Annual report of the Punjab Veterinary College and of the Civil Veterinary Department, Punjab - 1909-1919
Year: 1909
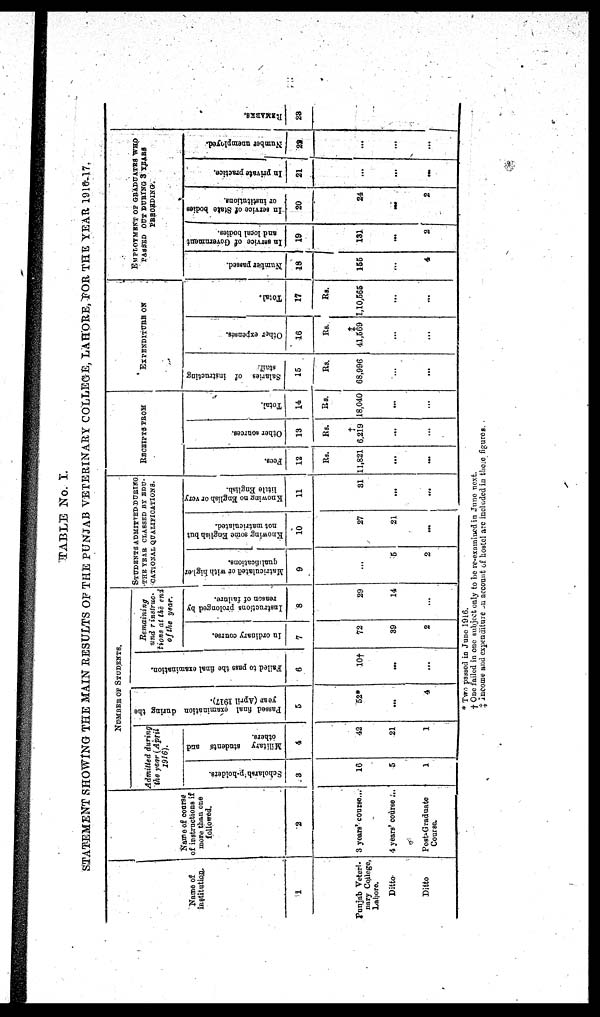
TABLE No. I.
STATEMENT SHOWING THE MAIN RESULTS OF THE PUNJAB VETERINARY COLLEGE, LAHORE, FOR THE YEAR 1916-17.
Name of
institution.
1
Punjab Veteri-
nary College,
Lahore.
Ditto
Ditto
Name of course
of instructions if
more than one
followed.
2
3 years' course...
4 years' course ...
Post-Graduate
Course.
NUMBER OF STUDENTS.
Admitted during
the year (April
1916).
Scholarsh p-holders.
3
16
5
1
Military students and
others.
4
42
21
1
Passed final examination during the
year (April 1917).
5
52*
...
4
Failed to pass the final examination.
6
10†
...
...
Remaining
und r instruc-
tions at the and
of the year.
In ordinary course.
7
72
39
2
Instructions prolonged by
reason of failure.
8
29
14
...
STUDENTS ADMITTED DURING
THE YEAR CLASSED BY BDU-
CATIONAL QUALIFICATIONS.
Matriculated or with higher
qualifications.
9
...
5
2
Knowing some English but
not matriculated.
10
27
21
...
Knowing
no English or very
little English.
11
31
...
...
RECEIPTS FROM
Fees.
12
Rs.
11,821
...
...
Other sources.
13
Rs.
†
6,219
...
...
Total.
14
Rs.
18,040
...
...
EXPENDITURE ON
Salaries of instructing
staff
15
Rs.
68,996
...
...
Other expenses.
16
Rs.
‡
41,669
...
...
Total.
17
Rs.
1,10,565
...
...
EMPLOYMENT OF GRADUATES WHO
PASSED OUT DURlNG 3 YEARS
PREORDING.
Number passed.
18
155
...
4
In service of Government
and local bodies.
19
131
...
2
In service of State bodies
or institutions.
20
24
...
2
In private practice.
21
...
...
...
Number unemployed.
28
...
...
...
REMARKS .
28
* Two passed in June 1916.
† One failed in one subject only to be re-examined in June next.
‡ income and expenditure on account of hostel are included in these figures.